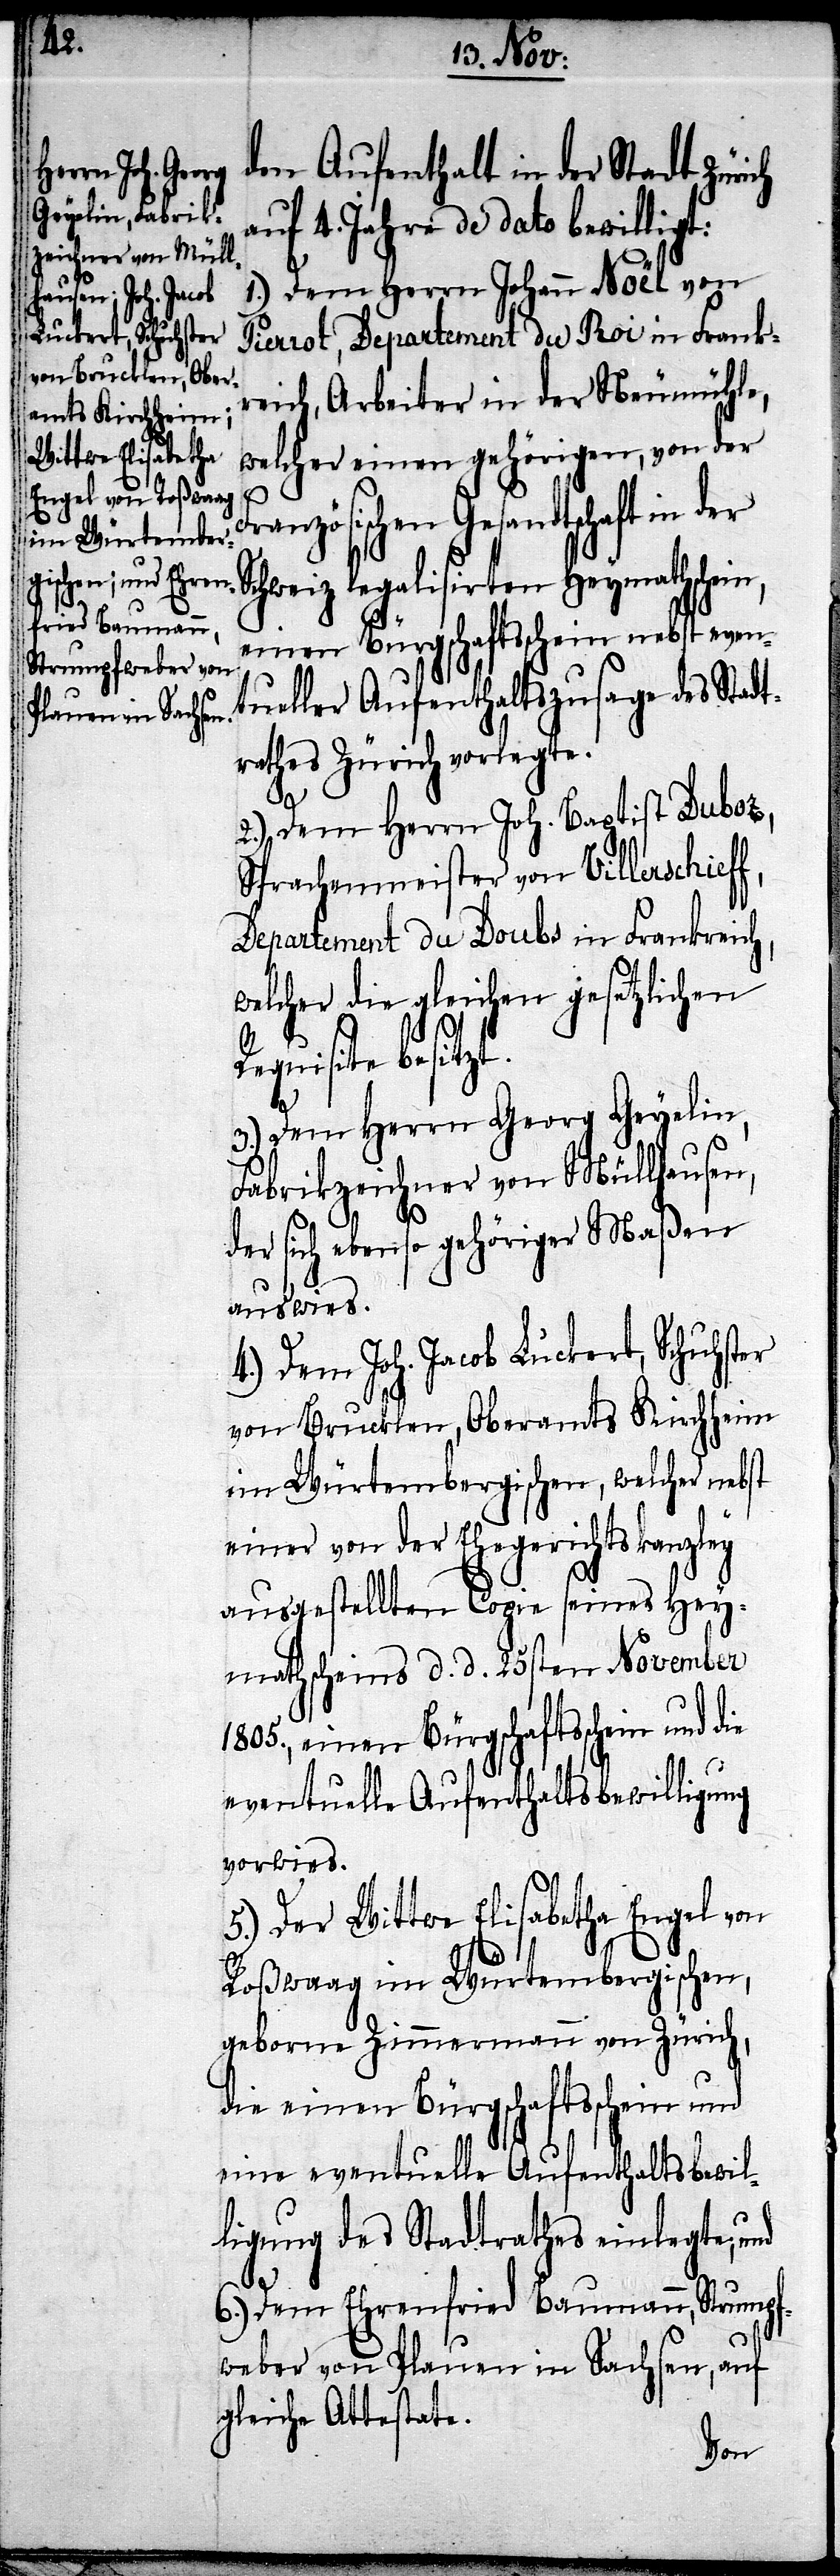
den Aufenthalt in der Stadt Zürich
auf 4. Jahre de dato bewilligt:
1.) Dem Herrn Johann Noël von
Pierrot, Departement du Roi in Frankr¬
eich, Arbeiter in der Neumühle,
welcher einen gehörigen, von der
zösischen Gesandtschaft in
Schweiz legalisirten Heymathschein,
einen Bürgschaftsschein nebst even¬
tueller Aufenthaltszusage des Stadt¬
rathes Zürich vorlegte.
die
2.) Dem Herr Joh. Baptist Duboz,
Sprachenmeister von Villerschieff,
Departement du Doubs in Frankreic¬
welcher die gleichen gesetzlichen
quisite besitzt.
3.) Dem Herrn Georg Geyelin,
Fabrikzeichner von Müllhausen,
der sich ebenso gehöriger Maßen
auswies.
4.) Dem Joh. Jacob Luckert, Schuhster
von Brucklen, Oberamts Kirchheim
im Würtembergischen, welcher nebst
einer von der Ehegerichtskanzley
ausgestellten Copie seines Hey¬
mathscheins d. d. 25sten November
1805., einen Bürgschaftsschein und
eventuelle Aufenthaltsbewilligung
vorwies.
5.) Der Wittwe Elisabetha Engel von
Roßwaag im Würtembergischen,
geborne Zimmermann von Zürich,
die einen Bürgschaftsschein und
eine eventuelle Aufenthaltsbewil¬
ligung des Stadtrathes einlegte; und
6.) Dem Ehrenfried Baumann, Strumpf¬
weber von Plauen in Sachsen, auf
gleiche Attestate.
Fran¬